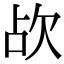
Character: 𣢤